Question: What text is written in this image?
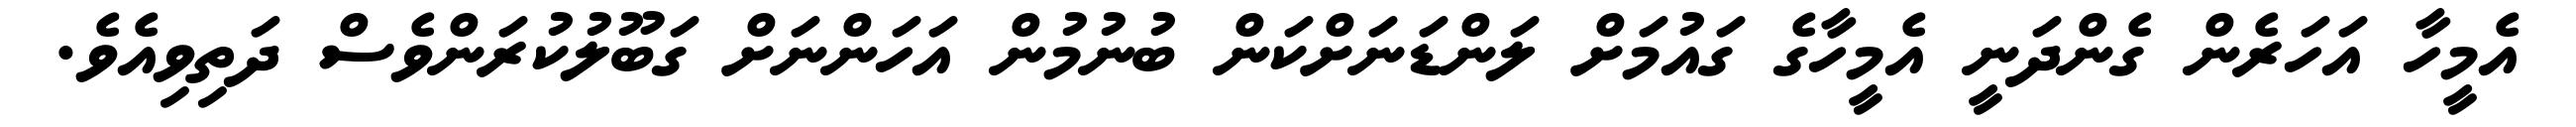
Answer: އެމީހާ އަހަރެން ގެންދަނީ އެމީހާގެ ގައުމަށް ލަންޑަނަށްކަން ބުނުމުން އަހަންނަށް ގަބޫލުކުރަންވެސް ދަތިވިއެވެ.